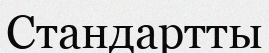
Стандартты